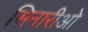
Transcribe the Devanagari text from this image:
सिनारीओ